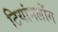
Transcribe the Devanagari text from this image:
टियांगलोंग